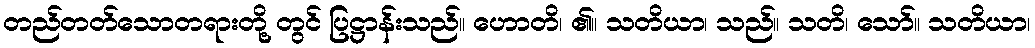
တည်တတ်သောတရားတို့ တွင် ပြဋ္ဌာန်းသည်။ ဟောတိ၊ ၏။ သတိယာ၊ သည်။ သတိ၊ သော်။ သတိယာ၊